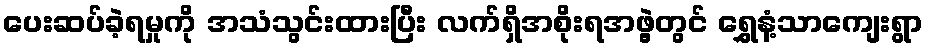
ပေးဆပ်ခဲ့ရမှုကို အသံသွင်းထားပြီး လက်ရှိအစိုးရအဖွဲ့တွင် ရွှေနံ့သာကျေးရွာ